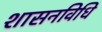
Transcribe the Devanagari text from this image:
शासनविधि